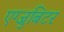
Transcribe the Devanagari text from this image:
एग्जुबिटर